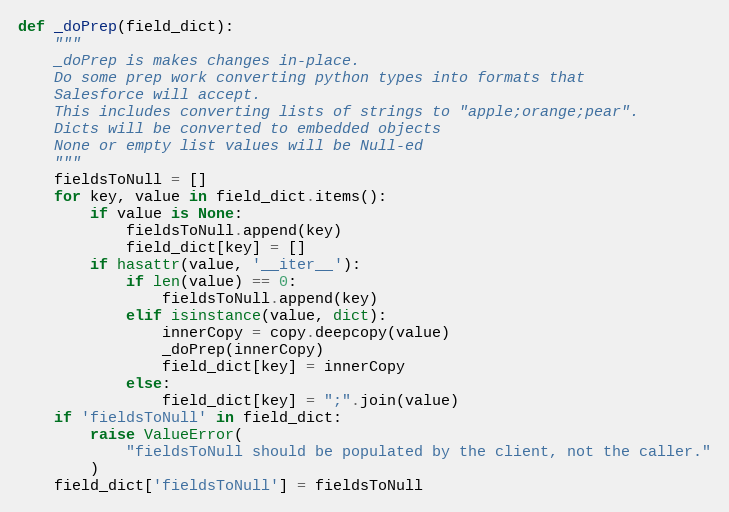
Language: Python
def _doPrep(field_dict):
    """
    _doPrep is makes changes in-place.
    Do some prep work converting python types into formats that
    Salesforce will accept.
    This includes converting lists of strings to "apple;orange;pear".
    Dicts will be converted to embedded objects
    None or empty list values will be Null-ed
    """
    fieldsToNull = []
    for key, value in field_dict.items():
        if value is None:
            fieldsToNull.append(key)
            field_dict[key] = []
        if hasattr(value, '__iter__'):
            if len(value) == 0:
                fieldsToNull.append(key)
            elif isinstance(value, dict):
                innerCopy = copy.deepcopy(value)
                _doPrep(innerCopy)
                field_dict[key] = innerCopy
            else:
                field_dict[key] = ";".join(value)
    if 'fieldsToNull' in field_dict:
        raise ValueError(
            "fieldsToNull should be populated by the client, not the caller."
        )
    field_dict['fieldsToNull'] = fieldsToNull